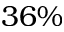
3 6 \%